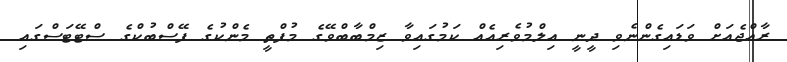
ރާއްޖެއަށް ވަޑައިގެންނެވި ދީނީ އިލްމުވެރިއެއް ކަމުގައިވާ ޒިމްބާބްވޭގެ މުފްތީ މެންކުގެ ފޭސްބުކްގެ ސްޓޭޓަސްގައި